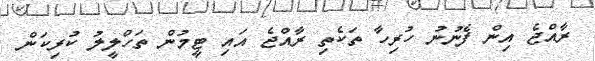
ރާއްޖެ އިން ފެނުނު ހުރިހާ ތަކެތި ރާއްޖެ އައި ޓީމުން ތަހްލީލު ކުރިކަން